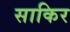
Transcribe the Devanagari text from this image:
साकिर